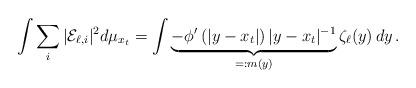
LaTeX: \begin{align*}& \int \sum_i |\mathcal{E}_{\ell,i}|^2 d\mu_{x_t} = \int \underbrace{ - \phi' \left(|y-x_t|\right) |y- x_t|^{-1}}_{=: m (y)}\zeta_\ell (y)\, dy\, . \\\end{align*}